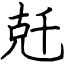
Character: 兛